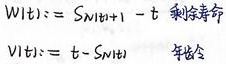
\[
\begin{align*}
W(t)&=S_{N(t)+1}-t \quad \text{剩余寿命}\\
V(t)&=t-S_{N(t)} \quad \text{年龄}
\end{align*}
\]